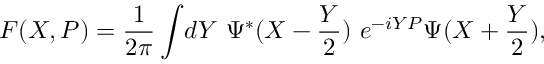
{ \cal F } ( X , P ) = { \frac { 1 } { 2 \pi } } \int \! d Y ~ \Psi ^ { * } ( X - { \frac { Y } { 2 } } ) ~ e ^ { - i Y P } \Psi ( X + { \frac { Y } { 2 } } ) ,